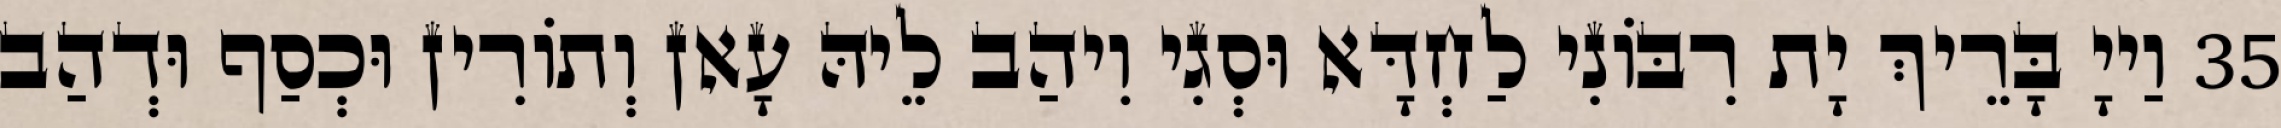
35 וַייָ בָּרֵיךְ יָת רִבּוֹנִי לַחְדָּא וּסְגִי וִיהַב לֵיהּ עָאן וְתוֹרִין וּכְסַף וּדְהַב